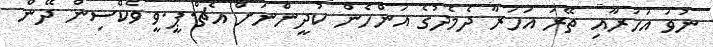
ނުވަ އަހަރާއި ތޭރަ އަހަރާ ދެމެދުގެ އަންހެން ކުދީންނަށް އެޗް.ޕީ.ވީ ވެކްސިން ދޭން